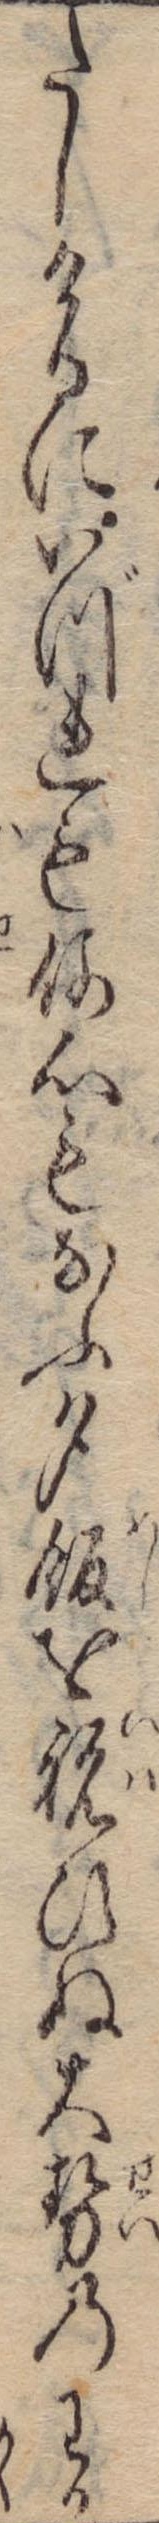
たしけるにいづれも何心もなふ夕飯を祝ひぬ大勢のわか